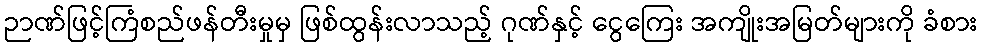
ဉာဏ်ဖြင့်ကြံစည်ဖန်တီးမှုမှ ဖြစ်ထွန်းလာသည့် ဂုဏ်နှင့် ငွေကြေး အကျိုးအမြတ်များကို ခံစား